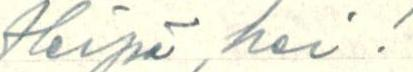
Heipä, hei!